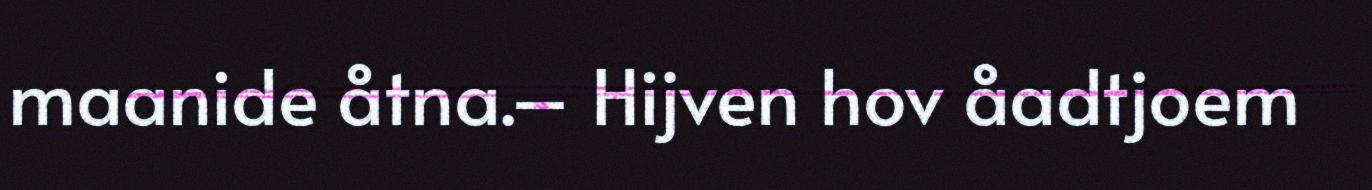
maanide åtna.– Hijven hov åadtjoem